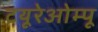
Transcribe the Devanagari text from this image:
टयूरेओम्पू